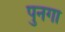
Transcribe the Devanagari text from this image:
पुनगा